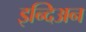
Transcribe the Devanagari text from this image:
इन्दिअन